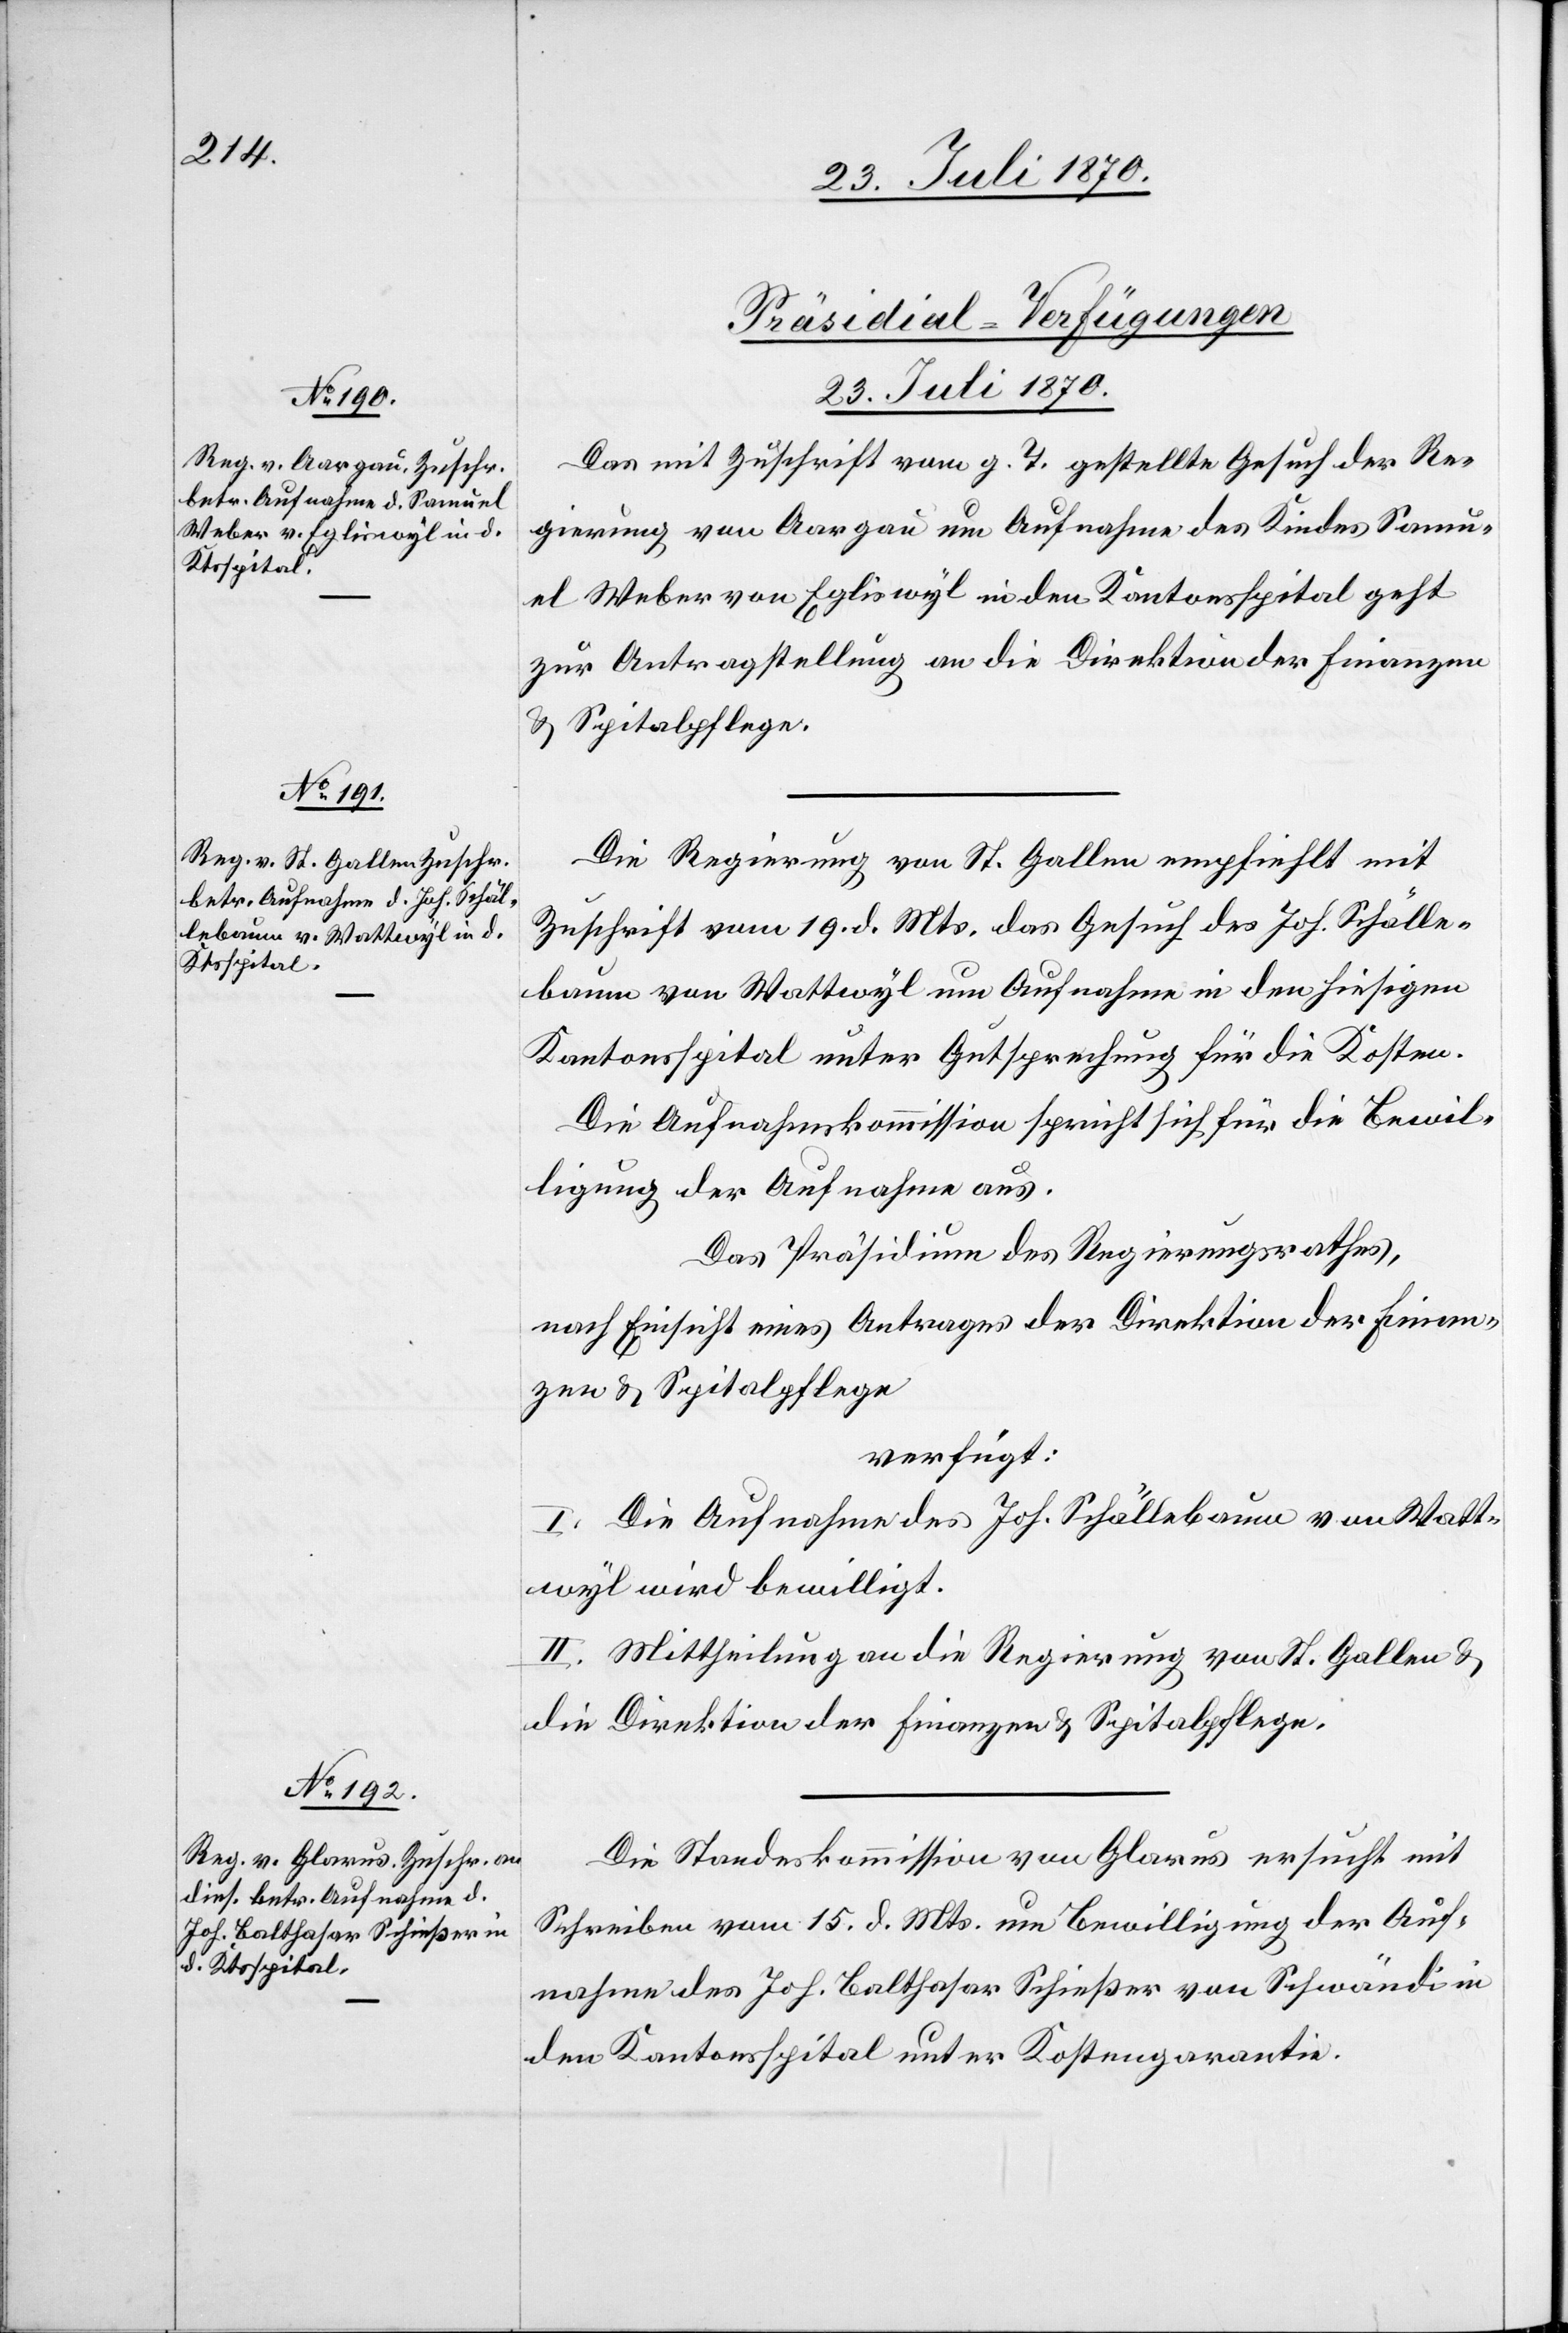
23. Juli 1870.]
[Präsidial-Verfügungen
Das mit Zuschrift vom g. T. gestellte Gesuch der Re¬
gierung von Aargau um Aufnahme des Kindes Samu¬
el Weber von Egliswyl in den Kantonsspital geht
zur Antragstellung an die Direktion der Finanzen
& Spitalpflege.
Die Regierung von St. Gallen empfiehlt mit
Zuschrift vom 19. d. Mts. das Gesuch des Joh. Schälle¬
baum von Wattwyl um Aufnahme in den hiesigen
Kantonsspital unter Gutsprechung für die Kosten.
Die Aufnahmskommission spricht sich für die Bewil¬
ligung der Aufnahme aus.
Das Präsidium des Regierungsrathes,
nach Einsicht eines Antrages der Direktion der Finan¬
zen & Spitalpflege
verfügt:
I. Die Aufnahme des Joh. Schällebaum von Watt¬
wyl wird bewilligt.
II. Mittheilung an die Regierung von St. Gallen &
die Direktion der Finanzen & Spitalpflege.
Die Standeskommission von Glarus ersucht mit
Schreiben vom 15. d. Mts. um Bewilligung der Auf¬
nahme des Joh. Balthasar Schießer von Schwändi in
den Kantonsspital unter Kostengarantie.